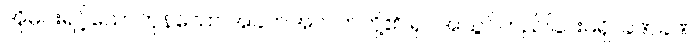
အိုမင်းရင့်ယော်ကုန်သော အခက်အလက်တို့၏ ရုပ်အသွင်တည်ခြင်းမရှိ၊ ခဏခဏ